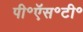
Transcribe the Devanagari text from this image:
पी॰ऍस॰टी॰